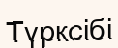
Түрксібі